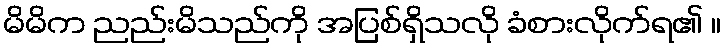
မိမိက ညည်းမိသည်ကို အပြစ်ရှိသလို ခံစားလိုက်ရ၏ ။